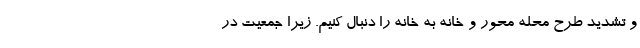
و تشدید طرح محله محور و خانه به خانه را دنبال کنیم. زیرا جمعیت در